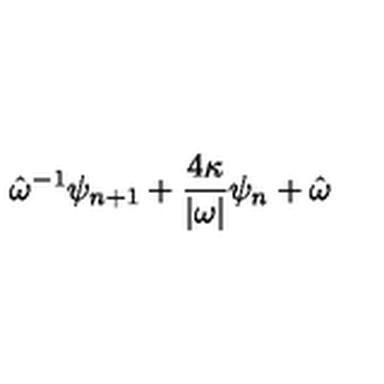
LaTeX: \hat { \omega } ^ { - 1 } \psi _ { n + 1 } + \frac { 4 \kappa } { | \omega | } \psi _ { n } + \hat { \omega }